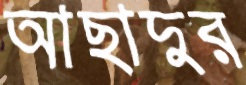
আছাদুর